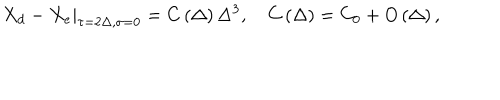
LaTeX: \left. X _ { d } - X _ { e } \right| _ { \tau = 2 \Delta , \sigma = 0 } = C \left( \Delta \right) \Delta ^ { 3 } , \quad C \left( \Delta \right) = C _ { 0 } + O \left( \Delta \right) ,